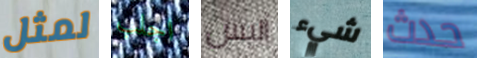
لمثل اجلب أليس شيء حدث